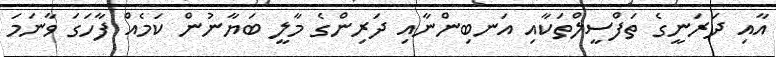
އާއި ދަރަނީގެ ތަފްސީލްތަކާއި އަނބިންނާއި ދަރިންގެ މާލީ ބަޔާނުން ކަމެއް ފާހަގަ ވާނަމަ